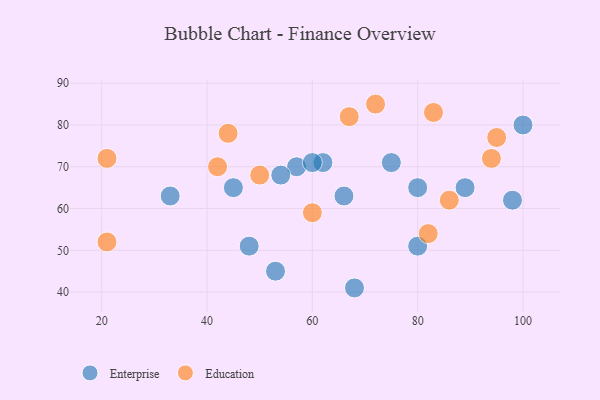
{"axis": {"x": "GDP", "y": "Life Expectancy"}, "legend": ["Education", "Enterprise"], "data": [{"x": "53", "y": 45, "type": "Enterprise"}, {"x": "89", "y": 65, "type": "Enterprise"}, {"x": "48", "y": 51, "type": "Enterprise"}, {"x": "57", "y": 70, "type": "Enterprise"}, {"x": "68", "y": 41, "type": "Enterprise"}, {"x": "66", "y": 63, "type": "Enterprise"}, {"x": "62", "y": 71, "type": "Enterprise"}, {"x": "75", "y": 71, "type": "Enterprise"}, {"x": "80", "y": 51, "type": "Enterprise"}, {"x": "100", "y": 80, "type": "Enterprise"}, {"x": "45", "y": 65, "type": "Enterprise"}, {"x": "98", "y": 62, "type": "Enterprise"}, {"x": "54", "y": 68, "type": "Enterprise"}, {"x": "60", "y": 71, "type": "Enterprise"}, {"x": "80", "y": 65, "type": "Enterprise"}, {"x": "33", "y": 63, "type": "Enterprise"}, {"x": "21", "y": 52, "type": "Education"}, {"x": "67", "y": 82, "type": "Education"}, {"x": "94", "y": 72, "type": "Education"}, {"x": "50", "y": 68, "type": "Education"}, {"x": "21", "y": 72, "type": "Education"}, {"x": "82", "y": 54, "type": "Education"}, {"x": "83", "y": 83, "type": "Education"}, {"x": "60", "y": 59, "type": "Education"}, {"x": "44", "y": 78, "type": "Education"}, {"x": "86", "y": 62, "type": "Education"}, {"x": "95", "y": 77, "type": "Education"}, {"x": "42", "y": 70, "type": "Education"}, {"x": "72", "y": 85, "type": "Education"}]}